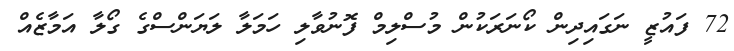
72 ފައުޒީ ނަގައިދިން ކޯނަރަކުން މުސްލިމް ފޮނުވާލި ހަމަލާ ލަޔަންސްގެ ގޯލާ އަމާޒެއް